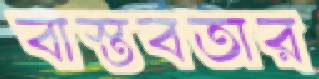
বাস্তবতার